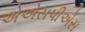
એએસપીએસ